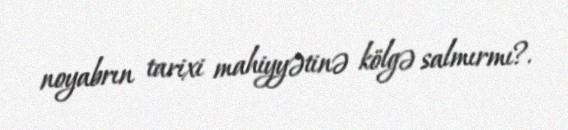
noyabrın tarixi mahiyyətinə kölgə salmırmı?.